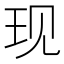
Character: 现